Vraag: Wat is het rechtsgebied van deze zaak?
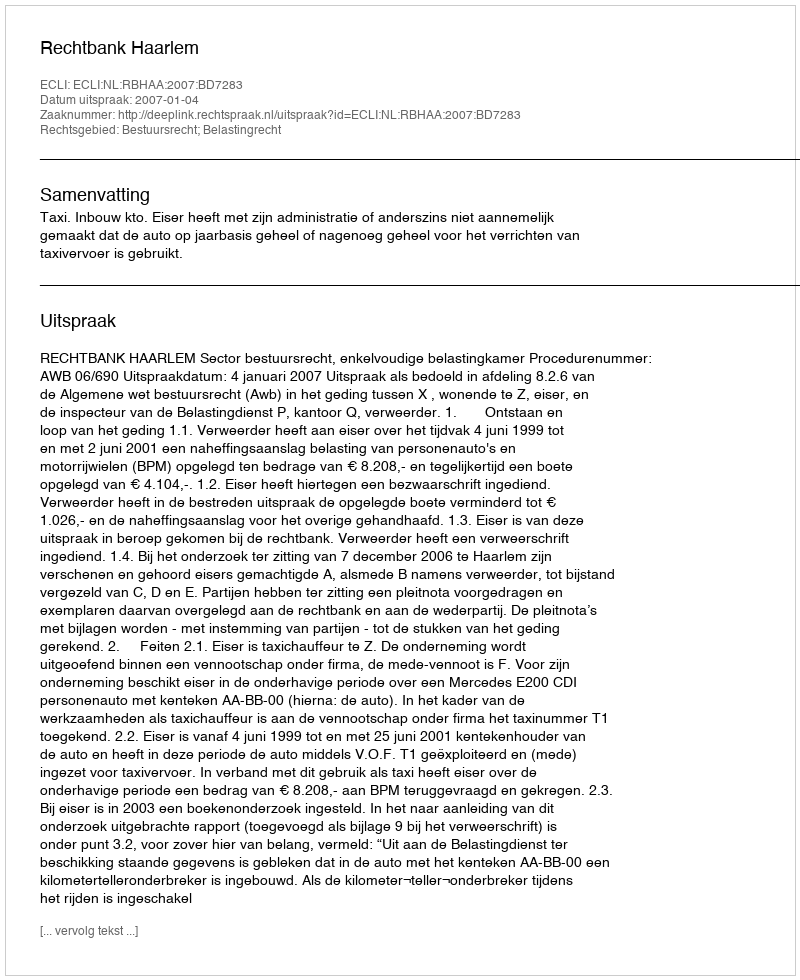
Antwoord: Bestuursrecht; Belastingrecht